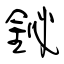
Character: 鉍